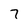
Character: 7